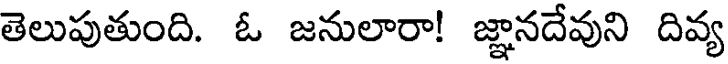
తెలుపుతుంది. ఓ జనులారా! జ్ఞానదేవుని దివ్య